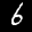
Label: 6